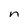
Character: n